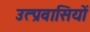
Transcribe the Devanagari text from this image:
उत्प्रवासियों